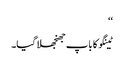
‘‘
ٹینگو کا باپ جھنجھلا گیا۔